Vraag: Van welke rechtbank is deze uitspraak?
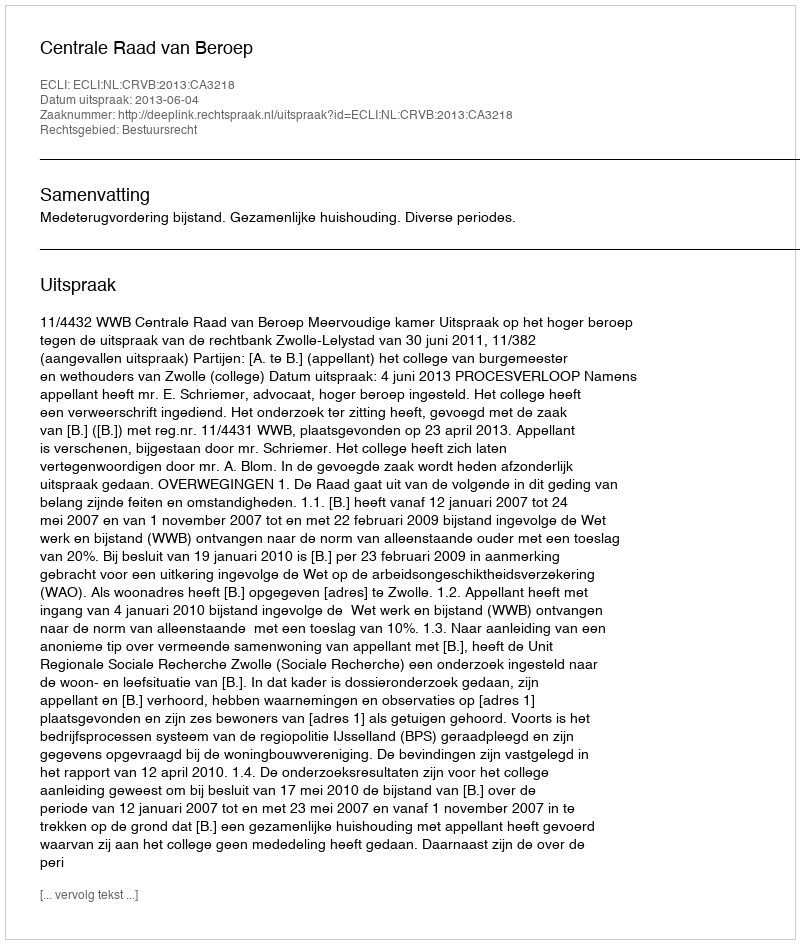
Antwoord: Centrale Raad van Beroep